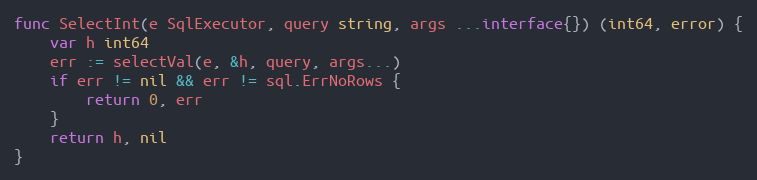
Language: Go
func SelectInt(e SqlExecutor, query string, args ...interface{}) (int64, error) {
	var h int64
	err := selectVal(e, &h, query, args...)
	if err != nil && err != sql.ErrNoRows {
		return 0, err
	}
	return h, nil
}